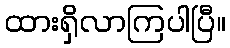
ထားရှိလာကြပါပြီ။